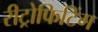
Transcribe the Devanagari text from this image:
रीट्रोफिटिंग